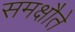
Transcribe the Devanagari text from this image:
समक्षौते